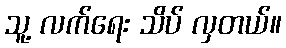
သူ့ လက်ရေး သိပ် လှတယ်။